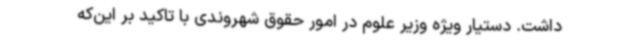
داشت. دستیار ویژه وزیر علوم در امور حقوق شهروندی با تاکید بر این‌که